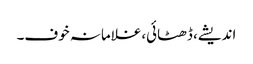
اندیشے، ڈھٹائی،غلامانہ خوف۔